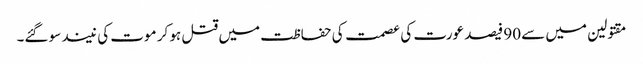
مقتولین میں سے 90 فیصد عورت کی عصمت کی حفاظت میں قتل ہو کر موت کی نیند سو گئے۔